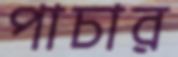
পাচার